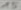
Text: 15